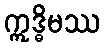
ဣဒ္ဓိမဿ